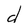
Character: d